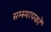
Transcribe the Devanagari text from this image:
सम्स्थापकों